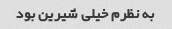
به نظرم خیلی شیرین بود